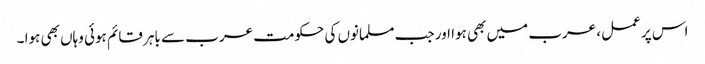
اس پر عمل، عرب میں بھی ہوا اور جب مسلمانوں کی حکومت عرب سے باہر قائم ہوئی وہاں بھی ہوا ۔